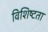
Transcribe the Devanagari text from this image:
विशिष्‍टता